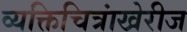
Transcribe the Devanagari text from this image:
व्यक्तिचित्रांखेरीज